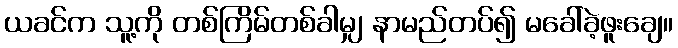
ယခင်က သူ့ကို တစ်ကြိမ်တစ်ခါမျှ နာမည်တပ်၍ မခေါ်ခဲ့ဖူးချေ။